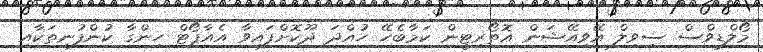
މޯލްޑިވްސް ސިވިލް އޭވިއޭޝަން އޮތޯރިޓީން ކަމާބެހޭ ހުއްދަ ދޫކޮށްފައިވާ އެއާޕޯޓް ހިންގާ ކުންފުނިތަކާއި